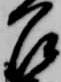
召